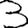
Digit: 3